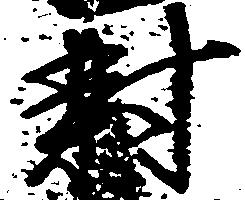
対